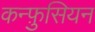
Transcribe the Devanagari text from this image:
कन्फ़ुसियन